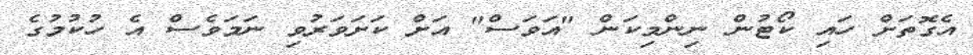
އެގޮތަށް ހައި ކޯޓުން ނިންމިކަން "އަވަސް" އަށް ކަށަވަރުވި ނަމަވެސް އެ ހުކުމުގެ